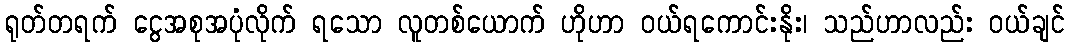
ရုတ်တရက် ငွေအစုအပုံလိုက် ရသော လူတစ်ယောက် ဟိုဟာ ဝယ်ရကောင်းနိုး၊ သည်ဟာလည်း ဝယ်ချင်